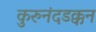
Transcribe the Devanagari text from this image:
कुरुनंदडक्कन